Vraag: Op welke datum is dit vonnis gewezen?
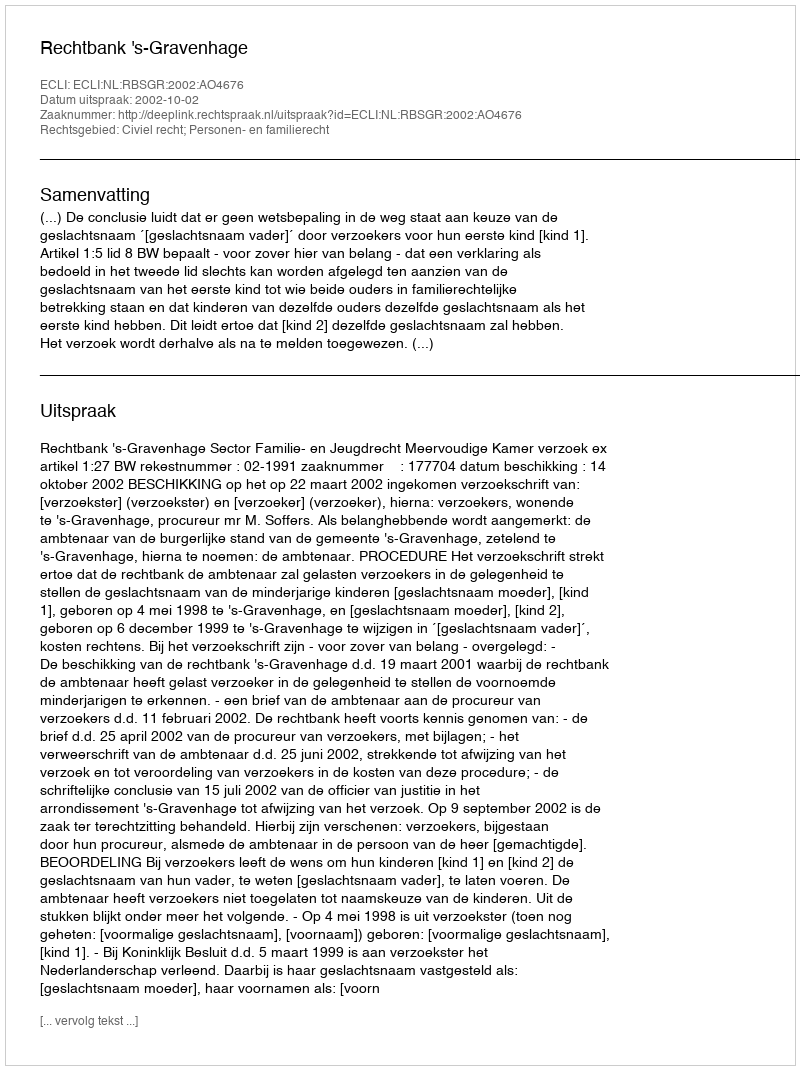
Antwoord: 2002-10-02